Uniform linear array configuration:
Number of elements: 32
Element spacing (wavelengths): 1
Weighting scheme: kaiser
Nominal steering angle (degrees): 30
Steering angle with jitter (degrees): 31.19
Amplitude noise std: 0.05
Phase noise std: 0.05

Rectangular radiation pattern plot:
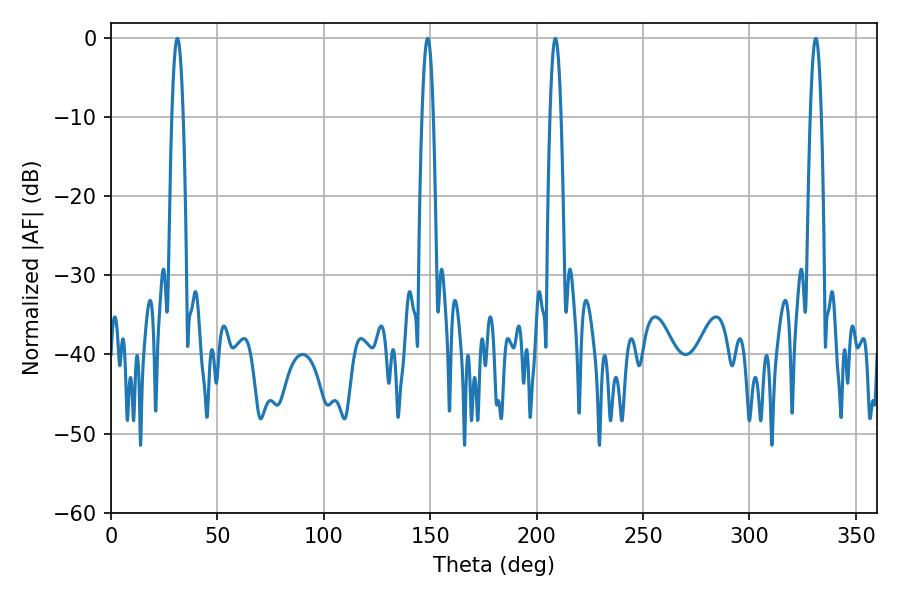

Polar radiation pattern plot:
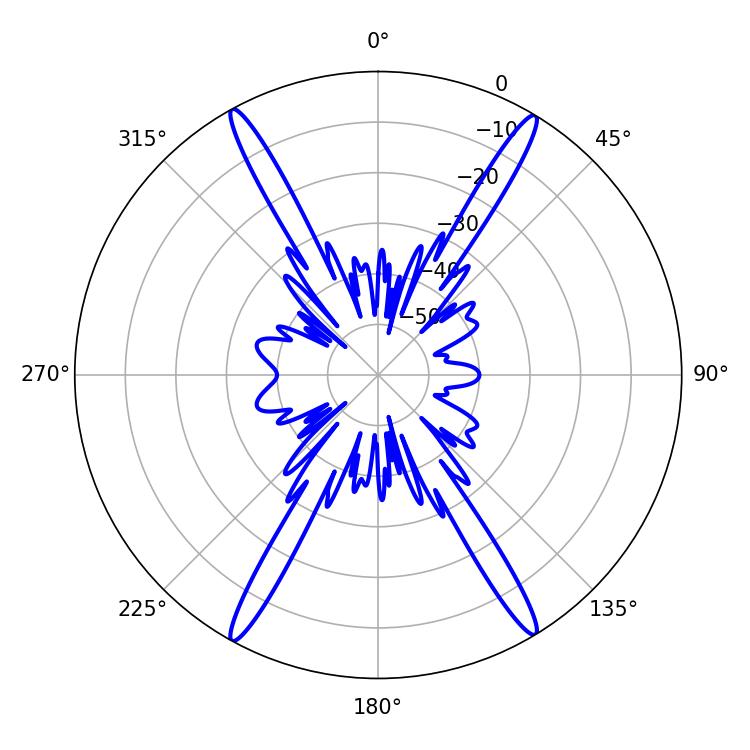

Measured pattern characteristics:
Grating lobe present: TRUE
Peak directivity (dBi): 25.863
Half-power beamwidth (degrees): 2.88
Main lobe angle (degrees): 208.8